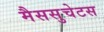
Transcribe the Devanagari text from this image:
मैससुचेटस